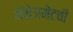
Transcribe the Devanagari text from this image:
मॅनेजमेंटची